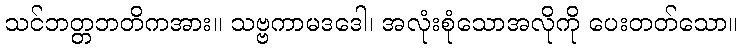
သင်ဘတ္တဘတိကအား။ သဗ္ဗကာမဒဒေါ၊ အလုံးစုံသောအလိုကို ပေးတတ်သော။